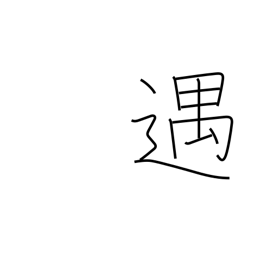
Meaning: entertain